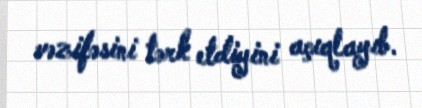
vəzifəsini tərk etdiyini açıqlayıb.